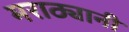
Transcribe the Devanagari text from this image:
मराठ्यानी